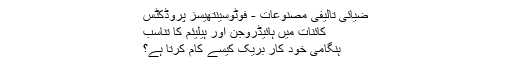
ضیائی تالیفی مصنوعات - فوٹوسینتھیسز پروڈکٹس
کائنات میں ہائیڈروجن اور ہیلیئم کا تناسب
ہنگامی خود کار بریک کیسے کام کرتا ہے؟